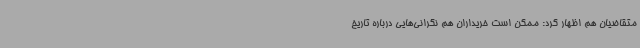
متقاضیان هم اظهار کرد: ممکن است خریداران هم نگرانی‌هایی درباره تاریخ